Rangoon Lunatic Asylum 1898-1906 - 1898-1906
Year: 1898
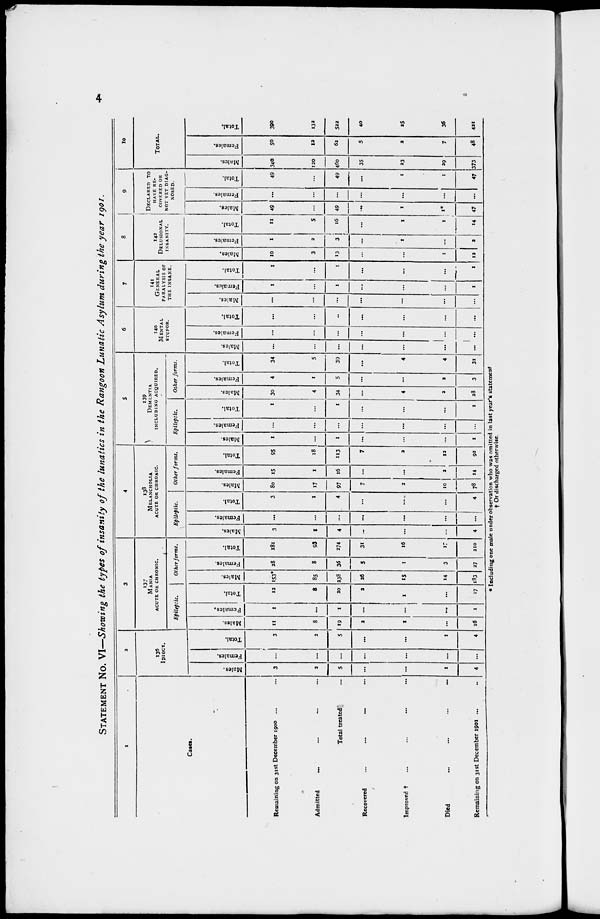
4
STATEMENT No. VI—Showing the types of insanity of the lunatics in the Rangoon Lunatic Asylum during the year 1901.
1
Cases.
Remaining on 31st December 1900 ... ...
Admitted
... ... ... ...
Total treated ...
Recovered
...
...
...
...
Improved † ... ... ... ...
Died ... ... ... ...
Remaining on 31st December 1901 ... ...
2
136
IDIOCY.
Males.
3
2
5
...
...
1
4
Females.
...
...
...
...
...
...
...
Total.
3
2
5
...
...
1
4
3
137
MANIA
ACUTE OR CHRONIC.
Epileptic.
Males.
11
8
19
2
1
...
16
Females.
1
...
1
...
...
...
1
Total.
12
8
20
2
1
...
17
Other forms.
Males.
153*
85
238
26
15
14
183
Females.
28
8
36
5
1
3
27
Total.
181
93
274
31
16
17
210
4
138
MELANCHOLIA
ACUTE OR CHRONIC
Epileptic.
Males.
3
1
4
...
...
...
4
Females.
...
...
...
...
...
...
...
Total.
3
1
4
...
...
...
4
Other forms.
Males.
80
17
97
7
2
10
78
Females.
15
1
16
...
...
2
14
Total.
95
18
113
7
2
12
92
5
139
DEMENTIA
INCLUDING ACQUIRED.
Epileptic.
Males.
1
...
1
...
...
...
1
Females.
...
...
...
...
...
...
...
Total.
1
...
1
...
...
...
1
Other forms.
Males.
30
4
34
...
4
2
28
Females.
4
1
5
...
...
2
3
Total.
34
5
39
...
4
4
31
6
140
MENTAL
STUPOR.
Males.
...
...
...
...
...
...
...
Females.
...
...
...
...
...
...
...
Total.
...
...
...
...
...
...
...
7
141
GENERAL
PARALYSIS OF
THE INSANE.
Males.
...
...
...
...
...
...
...
Females.
1
...
1
...
...
...
1
Total.
1
...
1
...
...
...
1
8
142
DELUSIONAL
INSANITY.
Males.
10
3
13
...
...
1
12
Females.
1
2
3
...
1
...
2
Total.
11
5
16
...
1
1
14
9
DECLARED TO
HAVE RE-
COVERED OR
NOT YET DIAG-
NOSED.
Males.
49
...
49
...
1
1*
47
Females.
...
...
...
...
...
...
...
Total.
49
...
49
...
1
1
47
10
TOTAL.
Males.
340
120
460
35
23
29
373
Females.
50
12
62
5
2
7
48
Total.
390
132
522
40
25
36
421
* Including one male under observation who was omitted in last year's statement
† Or discharged otherwise.